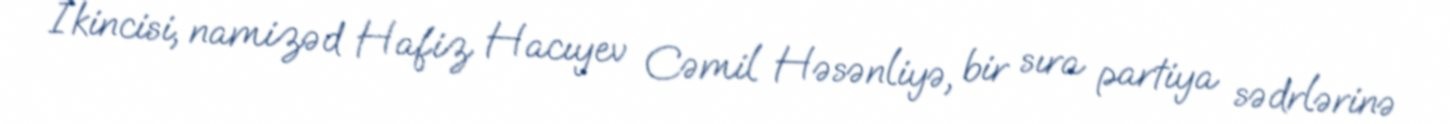
İkincisi, namizəd Hafiz Hacıyev Cəmil Həsənliyə, bir sıra partiya sədrlərinə